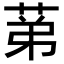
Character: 𦯔